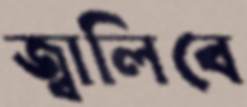
জ্বালিবে